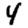
Digit: 4